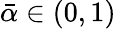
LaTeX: \bar{\alpha}\in(0,1)